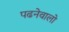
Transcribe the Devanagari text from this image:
पढनेवालो